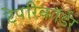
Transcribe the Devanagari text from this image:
टेपरिकॉर्डर